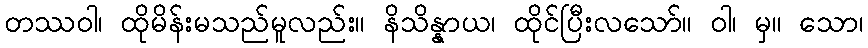
တဿဝါ၊ ထိုမိန်းမသည်မူလည်း။ နိသိန္နာယ၊ ထိုင်ပြီးလသော်။ ဝါ၊ မှ။ သော၊